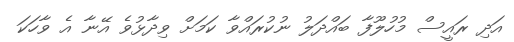
އަދި ރައީސް މުހުލޫފާ ބައްދަލު ނުކުރައްވާ ކަމަށް ވިދާޅުވެ އޭނާ އެ ވާހަކަ